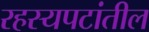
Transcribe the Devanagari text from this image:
रहस्यपटांतील